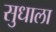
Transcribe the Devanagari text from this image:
सुधाला